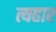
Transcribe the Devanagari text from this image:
त्यहार